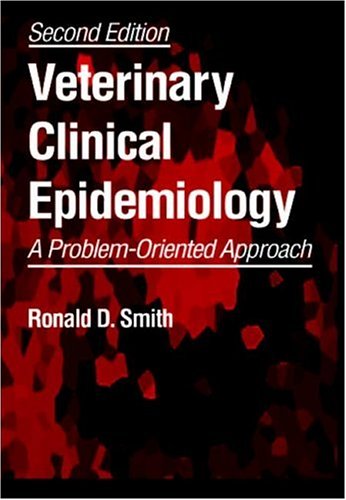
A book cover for Veterinary Clinical Epidemiology: A Problem-Oriented Approach, Second Edition; Ronald D. Smith; Medical Books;